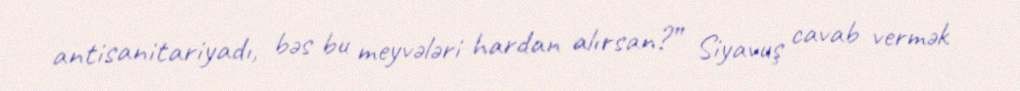
antisanitariyadı, bəs bu meyvələri hardan alırsan?” Siyavuş cavab vermək